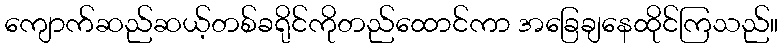
ကျောက်ဆည်ဆယ့်တစ်ခရိုင်ကိုတည်ထောင်ကာ အခြေချနေထိုင်ကြသည်။